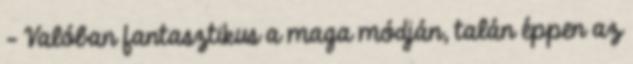
- Valóban fantasztikus a maga módján, talán éppen az